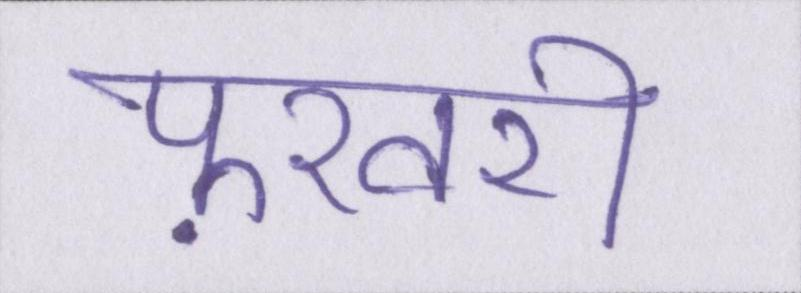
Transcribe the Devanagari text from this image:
फ़रवरी